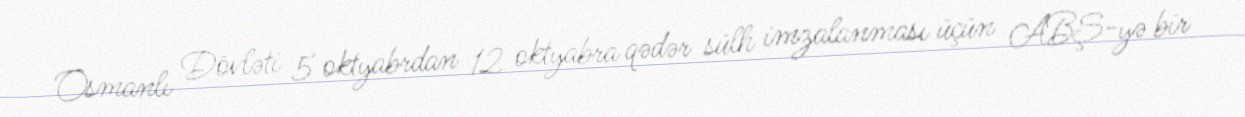
Osmanlı Dövləti 5 oktyabrdan 12 oktyabra qədər sülh imzalanması üçün ABŞ-yə bir